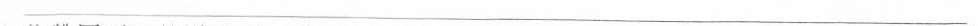
___